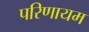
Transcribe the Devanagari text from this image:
परिणायम